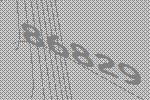
86829